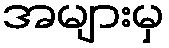
အများမှ